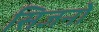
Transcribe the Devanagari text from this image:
सिजनों